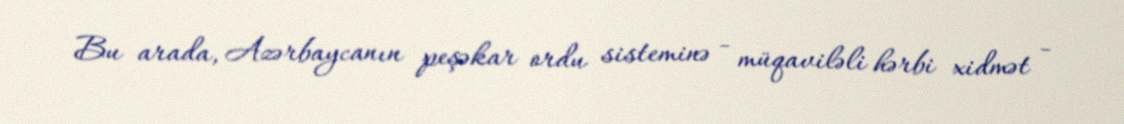
Bu arada, Azərbaycanın peşəkar ordu sisteminə - müqaviləli hərbi xidmət -